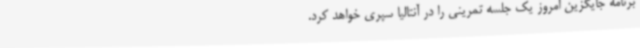
برنامه جایگزین امروز یک جلسه تمرینی را در آنتالیا سپری خواهد کرد.